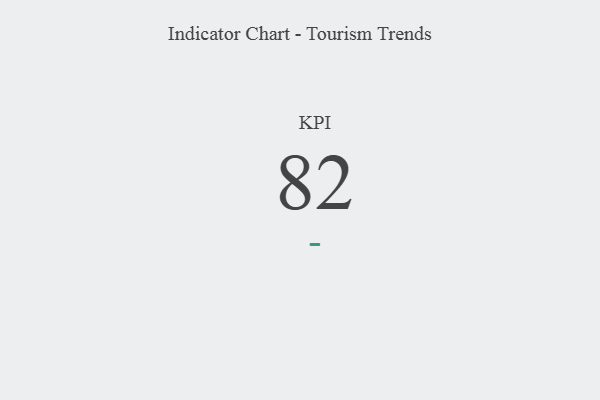
{"axis": {"x": "KPI", "y": "Value"}, "legend": [""], "data": [{"x": "KPI", "y": 82, "type": ""}]}